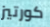
كورتيز